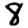
Digit: 8